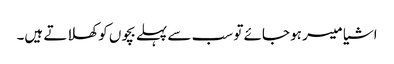
اشیا میسر ہو جائے تو سب سے پہلے بچوں کو کھلاتے ہیں۔